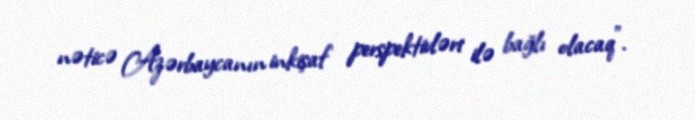
nəticə Azərbaycanın inkişaf perspektivləri ilə bağlı olacaq".